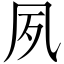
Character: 夙